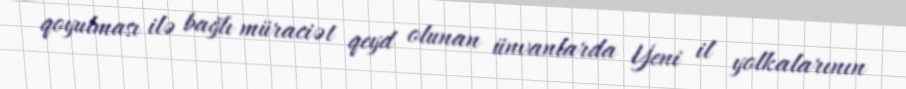
qoyulması ilə bağlı müraciət qeyd olunan ünvanlarda Yeni il yolkalarının